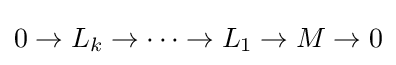
0\to L_{k}\to \cdots \to L_{1}\to M\to 0